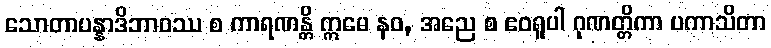
သောတာပန္နာဒိဘာဝဿ စ ကာရဏန္တိ ဣမေ နဝ, အညေ စ ဧဝရူပါ ဂုဏတ္တိကာ ပကာသိတာ